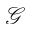
\mathcal { G }